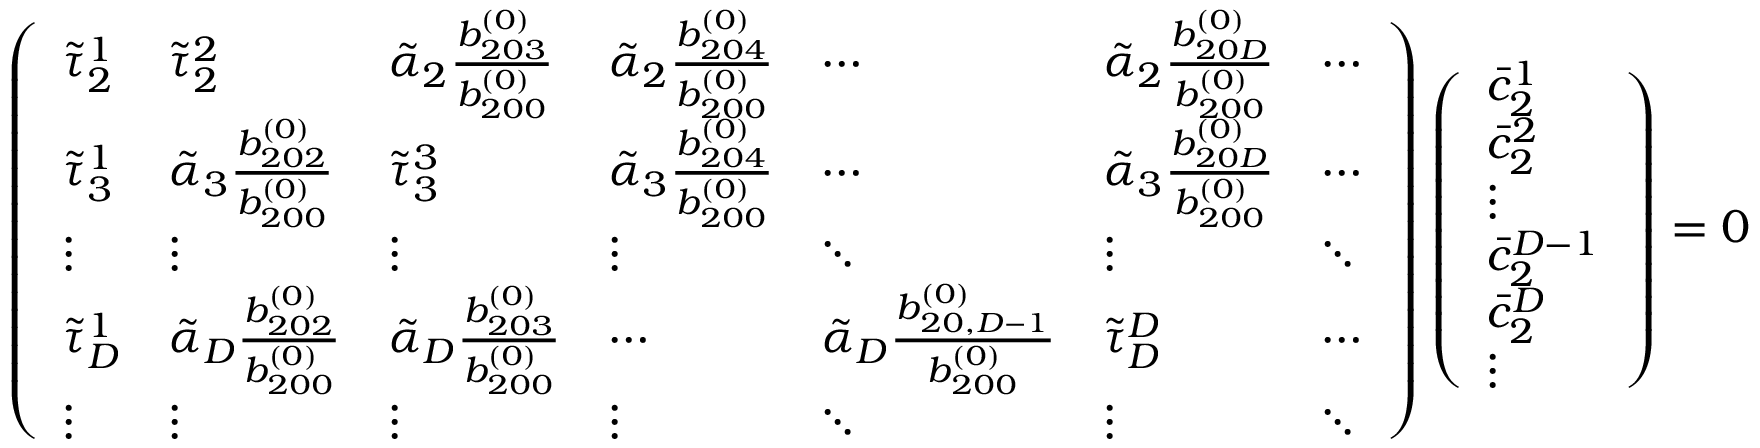
\left( \begin{array} { l l l l l l l } { \tilde { \tau } _ { 2 } ^ { 1 } } & { \tilde { \tau } _ { 2 } ^ { 2 } } & { \tilde { \alpha } _ { 2 } \frac { b _ { 2 0 3 } ^ { ( 0 ) } } { b _ { 2 0 0 } ^ { ( 0 ) } } } & { \tilde { \alpha } _ { 2 } \frac { b _ { 2 0 4 } ^ { ( 0 ) } } { b _ { 2 0 0 } ^ { ( 0 ) } } } & { \cdots } & { \tilde { \alpha } _ { 2 } \frac { b _ { 2 0 D } ^ { ( 0 ) } } { b _ { 2 0 0 } ^ { ( 0 ) } } } & { \cdots } \\ { \tilde { \tau } _ { 3 } ^ { 1 } } & { \tilde { \alpha } _ { 3 } \frac { b _ { 2 0 2 } ^ { ( 0 ) } } { b _ { 2 0 0 } ^ { ( 0 ) } } } & { \tilde { \tau } _ { 3 } ^ { 3 } } & { \tilde { \alpha } _ { 3 } \frac { b _ { 2 0 4 } ^ { ( 0 ) } } { b _ { 2 0 0 } ^ { ( 0 ) } } } & { \cdots } & { \tilde { \alpha } _ { 3 } \frac { b _ { 2 0 D } ^ { ( 0 ) } } { b _ { 2 0 0 } ^ { ( 0 ) } } } & { \cdots } \\ { \vdots } & { \vdots } & { \vdots } & { \vdots } & { \ddots } & { \vdots } & { \ddots } \\ { \tilde { \tau } _ { D } ^ { 1 } } & { \tilde { \alpha } _ { D } \frac { b _ { 2 0 2 } ^ { ( 0 ) } } { b _ { 2 0 0 } ^ { ( 0 ) } } } & { \tilde { \alpha } _ { D } \frac { b _ { 2 0 3 } ^ { ( 0 ) } } { b _ { 2 0 0 } ^ { ( 0 ) } } } & { \cdots } & { \tilde { \alpha } _ { D } \frac { b _ { 2 0 , D - 1 } ^ { ( 0 ) } } { b _ { 2 0 0 } ^ { ( 0 ) } } } & { \tilde { \tau } _ { D } ^ { D } } & { \cdots } \\ { \vdots } & { \vdots } & { \vdots } & { \vdots } & { \ddots } & { \vdots } & { \ddots } \end{array} \right) \left( \begin{array} { l } { \bar { c } _ { 2 } ^ { 1 } } \\ { \bar { c } _ { 2 } ^ { 2 } } \\ { \vdots } \\ { \bar { c } _ { 2 } ^ { D - 1 } } \\ { \bar { c } _ { 2 } ^ { D } } \\ { \vdots } \end{array} \right) = \boldsymbol { 0 }